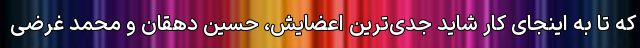
که تا به اینجای کار شاید جدی‌ترین اعضایش، حسین دهقان و محمد غرضی